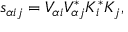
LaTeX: s _ { \alpha i j } = V _ { \alpha i } V _ { \alpha j } ^ { * } K _ { i } ^ { * } K _ { j } ,